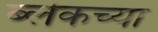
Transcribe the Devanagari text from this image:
ब्लेकच्या